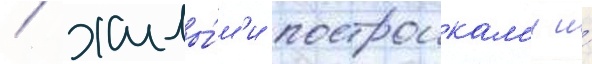
/ жилы́м'и построикам'и и́